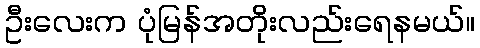
ဦးလေးက ပုံမြန်အတိုးလည်းရေနမယ်။